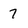
Character: 7